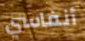
أنفاسي